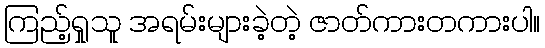
ကြည့်ရှုသူ အရမ်းများခဲ့တဲ့ ဇာတ်ကားတကားပါ။